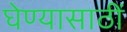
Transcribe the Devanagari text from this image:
घेण्यासाठीं